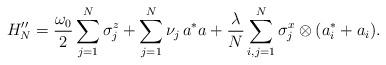
LaTeX: \begin{align*}H''_N=\frac{\omega_0}{2} \sum_{j=1}^N\sigma^z_j + \sum_{j=1}^N\nu_j \,a^*a +\frac{\lambda}{N} \sum_{i, j=1}^N \sigma^x_j\otimes (a_i^*+a_i).\end{align*}